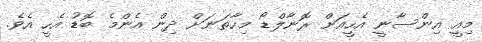
މިއީ އިންސާނީ އެހީއަށް ރޮނާލްޑޯ މިހާތަނަށް ދިން އެެންމެ ބޮޑު އެހީ އެވެ.